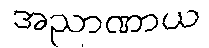
အညာဏာယ